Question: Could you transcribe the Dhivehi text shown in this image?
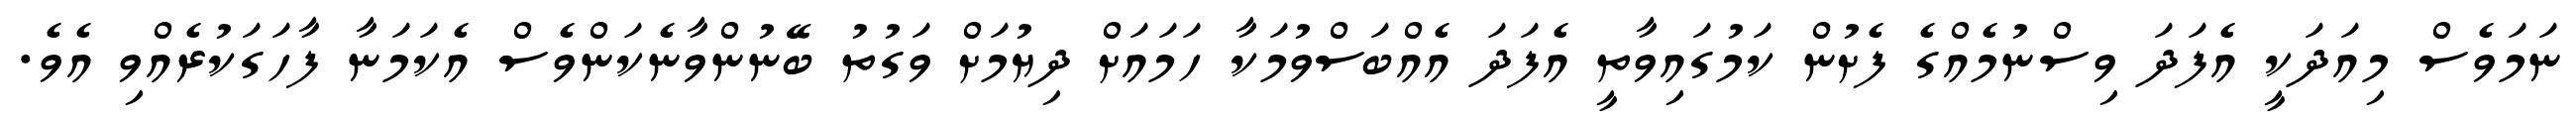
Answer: ނަމަވެސް މިއަދަކީ އެފަދަ ވިސްނުމެއްގެ ފެށުން ކަމުގައިވާތީ އެފަދަ އެއްބަސްވުމަކާ ހަމައަށް ދިޔުމަށް ވަގުތު ބޭނުންވާނެކަންވެސް އެކަމަނާ ފާހަގަކުރެއްވި އެވެ.